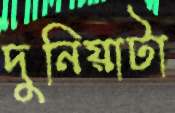
দুনিয়াটা